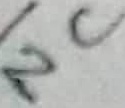
Text: NC